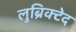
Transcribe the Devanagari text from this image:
लुब्रिक्टेद